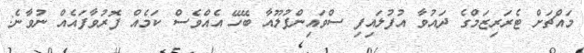
މައްޗަށް ޓެރަރިޒަމްގެ ދައުވާ އުފުލައިފި ސްވައިންފުލޫއާ ބޭހޭ އެއްވެސް ކަމެއް ފޮރުވާފައެއް ނުވާނެ: